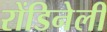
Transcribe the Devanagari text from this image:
रोंडिनेली